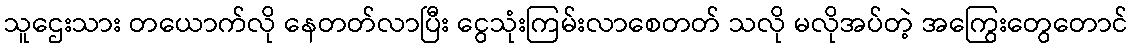
သူဌေးသား တယောက်လို နေတတ်လာပြီး ငွေသုံးကြမ်းလာစေတတ် သလို မလိုအပ်တဲ့ အကြွေးတွေတောင်